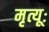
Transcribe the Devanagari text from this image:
मृत्यूः